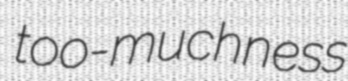
too-muchness